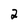
Character: 2